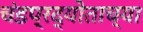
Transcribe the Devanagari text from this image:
चंडप्रद्योताच्या